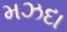
મઝદા